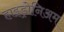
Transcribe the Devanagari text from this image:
हाइड्रोनिअम